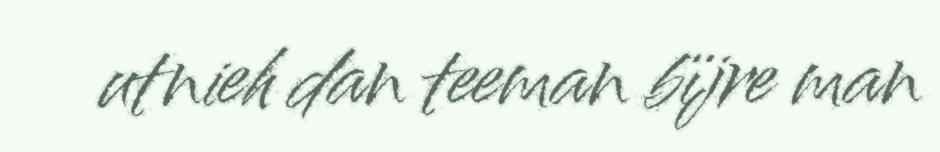
utnieh dan teeman bïjre man